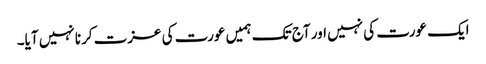
ایک عورت کی نہیں اور آج تک ہمیں عورت کی عزت کرنا نہیں آیا۔